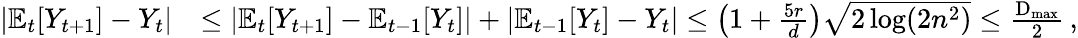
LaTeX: \begin{array}{rl}{\left|\mathbb E_{t}[Y_{t+1}]-Y_{t}\right|}&{\leq\left|\mathbb E_{t}[Y_{t+1}]-\mathbb E_{t-1}[Y_{t}]\right|+\left|\mathbb E_{t-1}[Y_{t}]-Y_{t}\right|\leq\left(1+\frac{5r}{d}\right)\sqrt{2\log(2n^{2})}\leq\frac{\textrm{D}_{\operatorname*{max}}}{2}\, ,}\end{array}